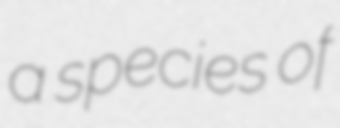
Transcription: a species of